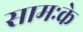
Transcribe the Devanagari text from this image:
सामःके